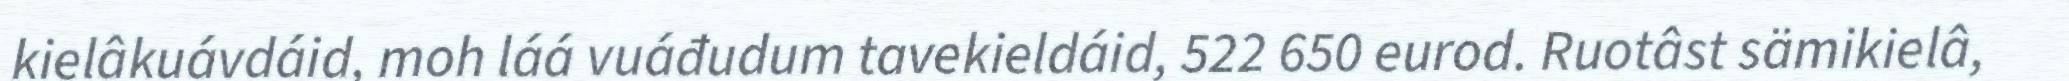
kielâkuávdáid, moh láá vuáđudum tavekieldáid, 522 650 eurod. Ruotâst sämikielâ,